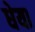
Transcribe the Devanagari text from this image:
धेया